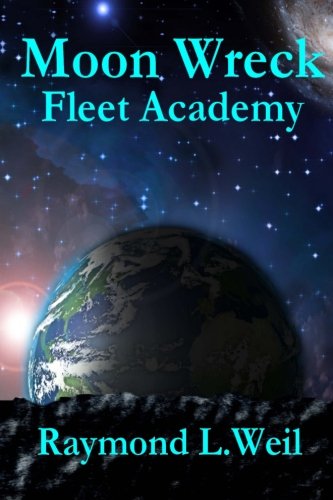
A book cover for Moon Wreck: Fleet Academy (The Slaver Wars Book Three); Raymond L. Weil; Science Fiction & Fantasy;